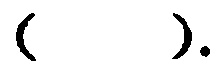
$(\quad\quad).$